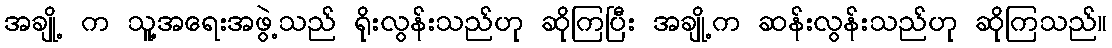
အချို့ က သူ့အရေးအဖွဲ့သည် ရိုးလွန်းသည်ဟု ဆိုကြပြီး အချို့က ဆန်းလွန်းသည်ဟု ဆိုကြသည်။